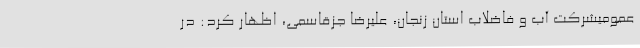
عمومیشرکت آب و فاضلاب استان زنجان، علیرضا جزقاسمی، اظهار کرد: در